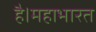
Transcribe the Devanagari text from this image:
है।महाभारत